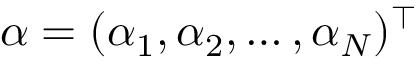
\boldsymbol { \alpha } = ( \alpha _ { 1 } , \alpha _ { 2 } , \dots , \alpha _ { N } ) ^ { \top }